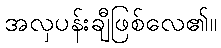
အလှပန်းချီဖြစ်လေ၏။